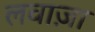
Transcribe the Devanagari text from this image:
लवाज़ा